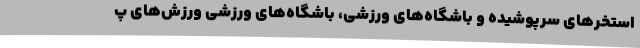
استخرهای سرپوشیده و باشگاه‌های ورزشی، باشگاه‌های ورزشی ورزش‌های پ